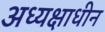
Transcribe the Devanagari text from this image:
अध्यक्षाधीन